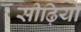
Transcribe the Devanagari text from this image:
सीढ़ियाँ